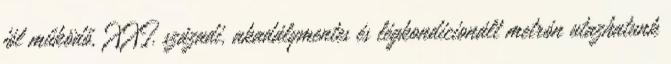
jól működő, XXI. századi, akadálymentes és légkondicionált metrón utazhatunk